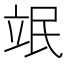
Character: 䇇